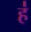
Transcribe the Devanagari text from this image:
ह॑